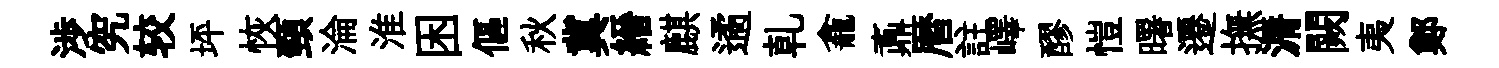
渉究较坪恢頸淪淮困傴秋冀縉麒遹乹龕鼒暦註嶧醪愷曙遷撫漘闕夷鄭